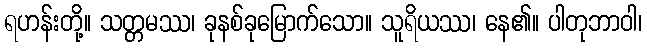
ရဟန်းတို့။ သတ္တမဿ၊ ခုနစ်ခုမြောက်သော။ သူရိယဿ၊ နေ၏။ ပါတုဘာဝါ၊